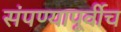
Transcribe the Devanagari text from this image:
संपण्यापूर्वीच